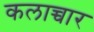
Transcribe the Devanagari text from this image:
कलाच्चार